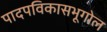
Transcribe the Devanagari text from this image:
पादपविकासभूगोल